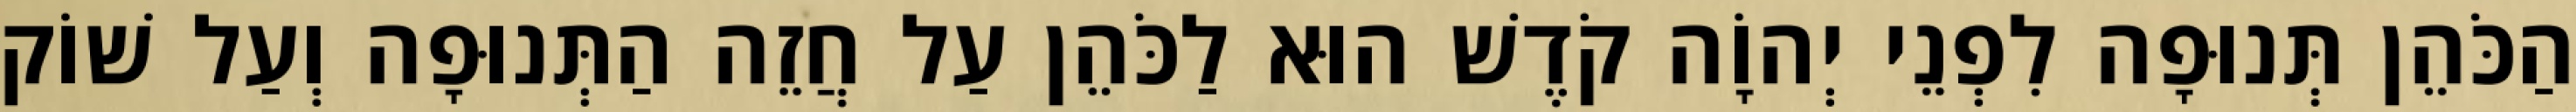
הַכֹּהֵן תְּנוּפָה לִפְנֵי יְהוָֹה קֹדֶשׁ הוּא לַכֹּהֵן עַל חֲזֵה הַתְּנוּפָה וְעַל שׁוֹק